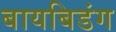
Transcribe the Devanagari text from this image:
बायबिडंग